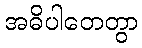
အဓိပါတေတွာ